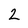
Character: 2